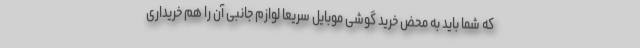
که شما باید به محض خرید گوشی موبایل سریعا لوازم جانبی آن را هم خریداری